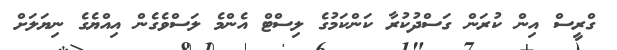
ގްރީސް އިން ކުރަން ގަސްދުކުރާ ކަންކަމުގެ ލިސްޓް އެންމެ ލަސްވެގެން އިއްޔެގެ ނިޔަލަށް